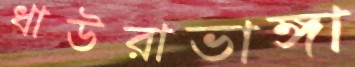
ধাউরাভাঙ্গা